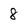
Character: 8